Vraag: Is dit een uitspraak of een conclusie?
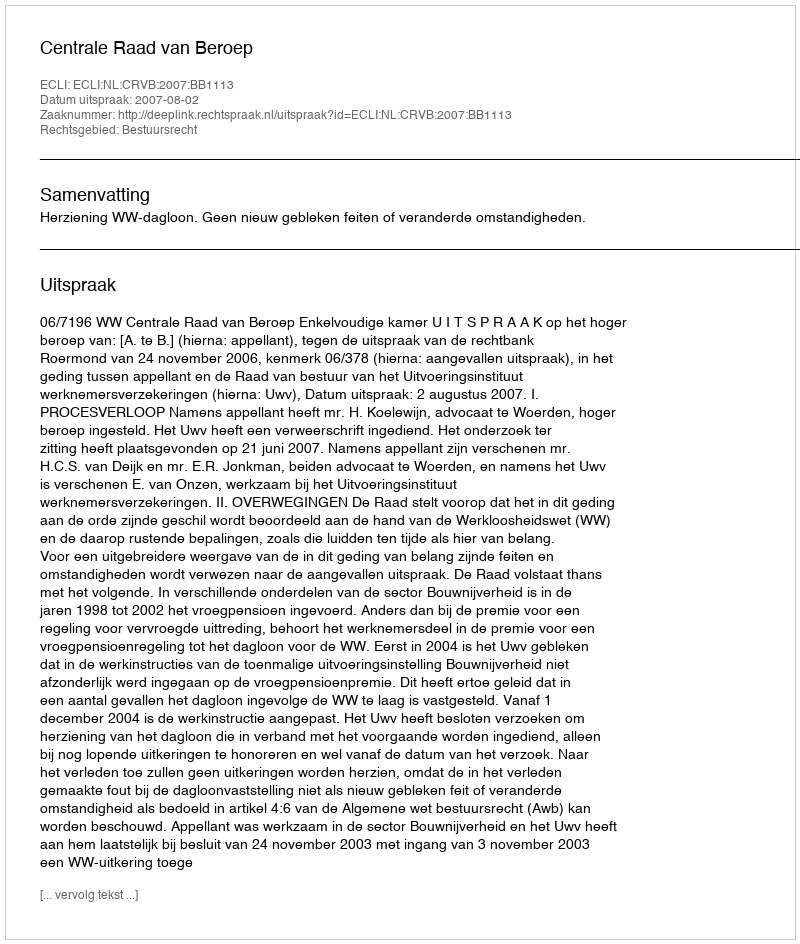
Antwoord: Uitspraak